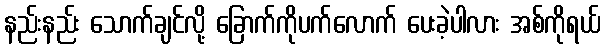
နည်းနည်း သောက်ချင်လို့ ခြောက်ကိုပက်လောက် ပေးခဲ့ပါလား အစ်ကိုရယ်